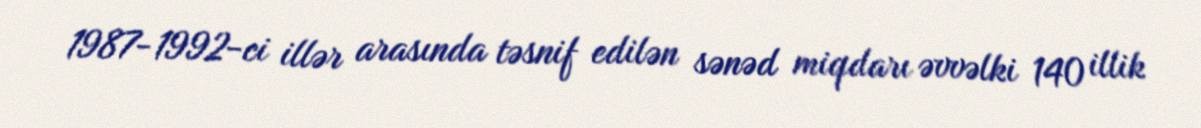
1987-1992-ci illər arasında təsnif edilən sənəd miqdarı əvvəlki 140 illik